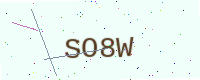
Text: SO8W